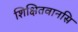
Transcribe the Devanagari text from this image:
शिक्षितवानसि